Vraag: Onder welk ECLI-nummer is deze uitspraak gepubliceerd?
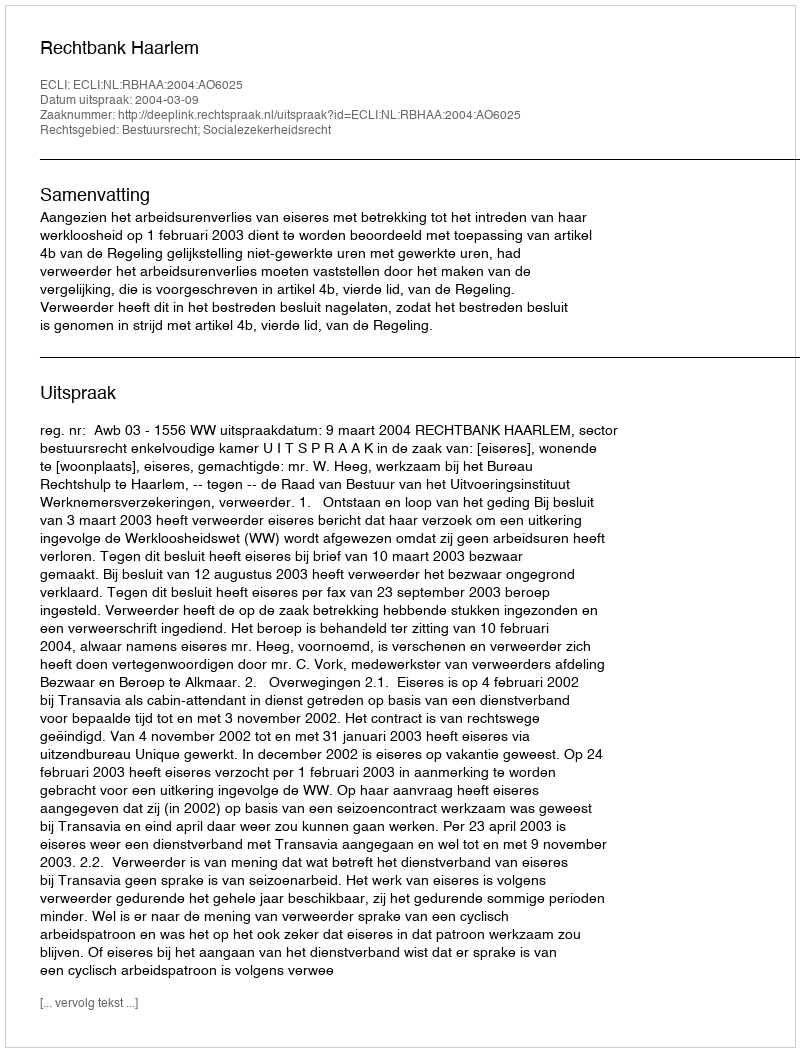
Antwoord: ECLI:NL:RBHAA:2004:AO6025